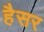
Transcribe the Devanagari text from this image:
हैसर